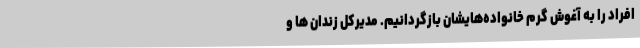
افراد را به آغوش گرم خانواده‌هایشان بازگردانیم. مدیرکل زندان ها و